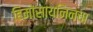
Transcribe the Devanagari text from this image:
हिमोसायनिनचा